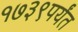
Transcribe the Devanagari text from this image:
१७३९पर्यंत